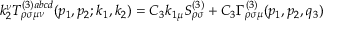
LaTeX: k _ { 2 } ^ { \nu } T _ { \rho \sigma \mu \nu } ^ { ( 3 ) a b c d } ( p _ { 1 } , p _ { 2 } ; k _ { 1 } , k _ { 2 } ) = C _ { 3 } k _ { 1 \mu } S _ { \rho \sigma } ^ { ( 3 ) } + C _ { 3 } \Gamma _ { \rho \sigma \mu } ^ { ( 3 ) } ( p _ { 1 } , p _ { 2 } , q _ { 3 } )